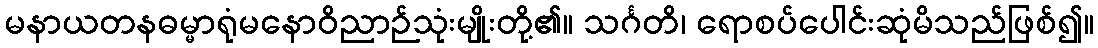
မနာယတနဓမ္မာရုံမနောဝိညာဉ်သုံးမျိုးတို့၏။ သင်္ဂတိ၊ ရောစပ်ပေါင်းဆုံမိသည်ဖြစ်၍။